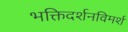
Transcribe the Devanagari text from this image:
भक्तिदर्शनविमर्श